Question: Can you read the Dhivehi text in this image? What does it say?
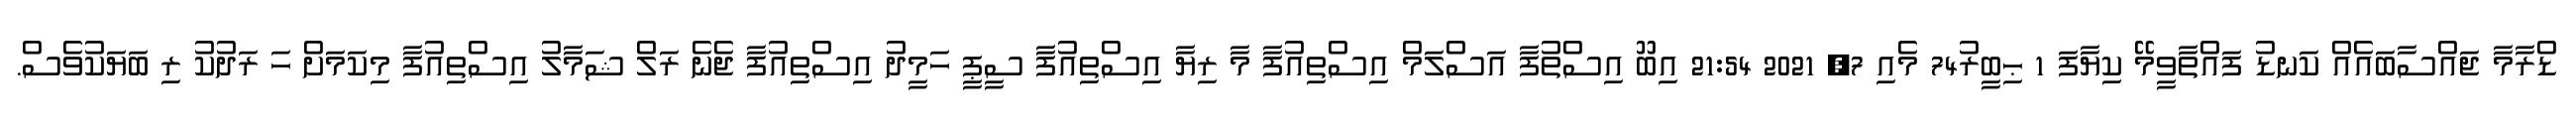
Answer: ޑްރާމާ ޖައްސާބައެއް ކަނޑު ފައްތާވީމޭ ކިޔާފަ 1 ޙިބީރު74 މެއި 7, 2021 21:54 އިބޫ އިސްތުފާ އަސްލަމް އިސްތިއުފާ މާ ރިޔާ އިސްތިއުފާ ސީޕީ ހަމީދު އިސްތިއުފާ ޖެނެ ރަލް ޝަމާލު އިސްތިއުފާ މިކަމަށް ހަ ރަދުކު ރި ބަޔަކުވެސް.